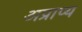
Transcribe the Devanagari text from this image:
अप्राप्‍य